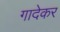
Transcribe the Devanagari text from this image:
गादेकर